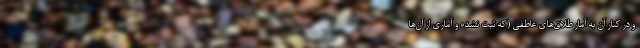
و در کنار آن به آمار طلاق‌های عاطفی (که ثبت نشده و آماری از آن‌ها